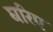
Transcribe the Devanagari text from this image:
घरिए